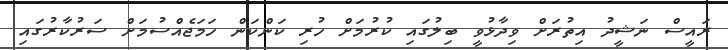
ރައީސް ނަޝީދު އިތުރަށް ވިދާޅުވީ ބިލުގައި ކުރުމަށް ހުރި ކަންކަން ހަމަޖެއްސުމަށް ސަރުކާރުގައި